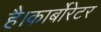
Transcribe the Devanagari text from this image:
है।कार्बोरेटर